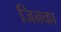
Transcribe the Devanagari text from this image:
जिनका